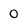
Character: 0